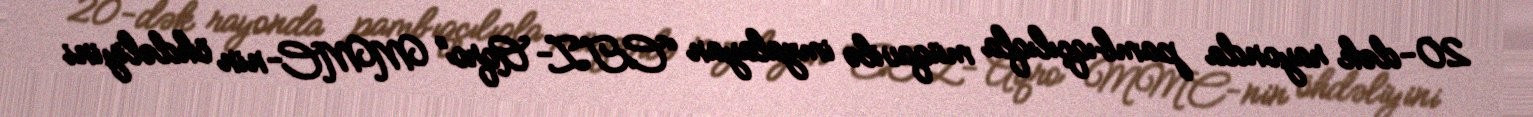
20-dək rayonda pambıqçılıqla müqavilə imzalayan “CTZ- Aqro” MMC-nin öhdəliyini